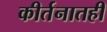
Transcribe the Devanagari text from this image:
कीर्तनातही